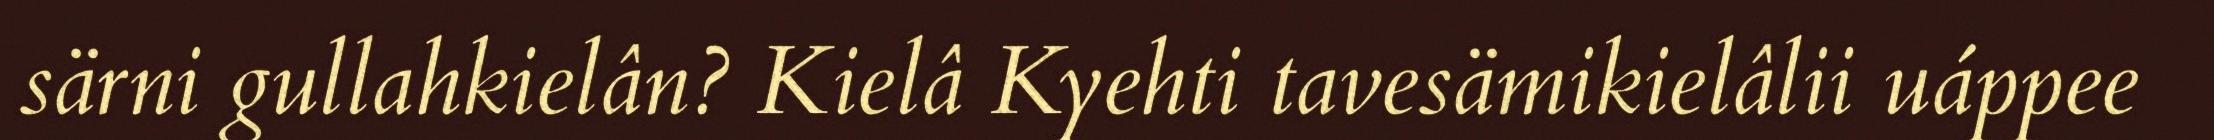
särni gullahkielân? Kielâ Kyehti tavesämikielâlii uáppee